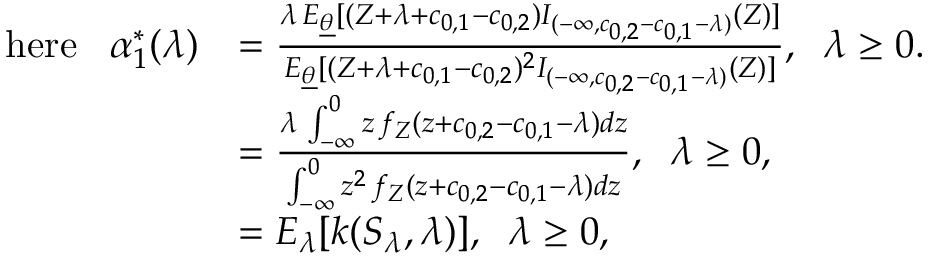
\begin{array} { r l } { \mathrm { h e r e } \; \; \; \alpha _ { 1 } ^ { * } ( \lambda ) } & { = \frac { \lambda \, E _ { \underline { { \theta } } } [ ( Z + \lambda + c _ { 0 , 1 } - c _ { 0 , 2 } ) I _ { ( - \infty , c _ { 0 , 2 } - c _ { 0 , 1 } - \lambda ) } ( Z ) ] } { E _ { \underline { { \theta } } } [ ( Z + \lambda + c _ { 0 , 1 } - c _ { 0 , 2 } ) ^ { 2 } I _ { ( - \infty , c _ { 0 , 2 } - c _ { 0 , 1 } - \lambda ) } ( Z ) ] } , \; \; \lambda \geq 0 . \qquad \qquad } \\ & { = \frac { \lambda \, \int _ { - \infty } ^ { 0 } z \, f _ { Z } ( z + c _ { 0 , 2 } - c _ { 0 , 1 } - \lambda ) d z } { \int _ { - \infty } ^ { 0 } z ^ { 2 } \, f _ { Z } ( z + c _ { 0 , 2 } - c _ { 0 , 1 } - \lambda ) d z } , \; \; \lambda \geq 0 , } \\ & { = E _ { \lambda } [ k ( S _ { \lambda } , \lambda ) ] , \; \; \lambda \geq 0 , } \end{array}